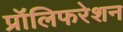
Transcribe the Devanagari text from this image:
प्रॉलिफरेशन